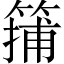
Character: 𥱴